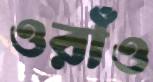
ওরাঁও